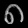
Digit: ၈